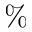
\%